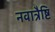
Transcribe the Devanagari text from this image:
नवात्रैष्टि